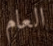
العام